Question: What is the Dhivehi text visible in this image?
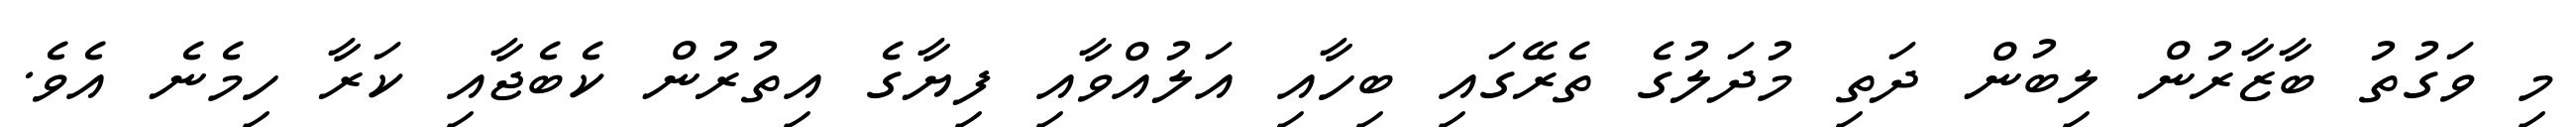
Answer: މި ވަގުތު ބާޒާރުން ލިބުން ދަތި މުދަލުގެ ތެރޭގައި ބިހާއި އަލުއްވާއި ފިޔާގެ އިތުރުން ކެބެޖާއި ކަރާ ހިމެނެ އެވެ.